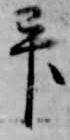
畢